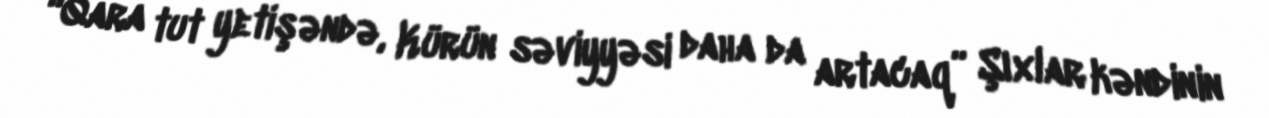
“Qara tut yetişəndə, Kürün səviyyəsi daha da artacaq” Şıxlar kəndinin